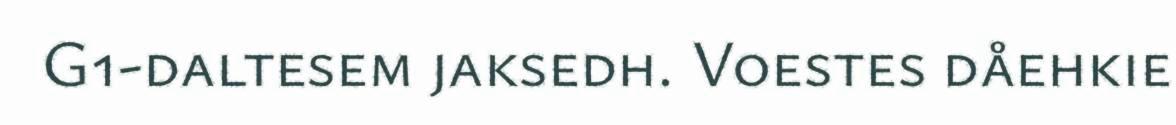
G1-daltesem jaksedh. Voestes dåehkie